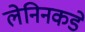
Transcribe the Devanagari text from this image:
लेनिनकडे